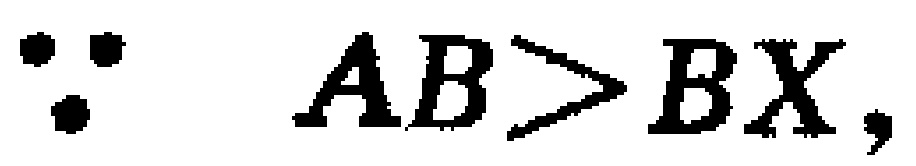
\(\because AB > BX,\)